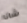
شانا